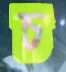
চ